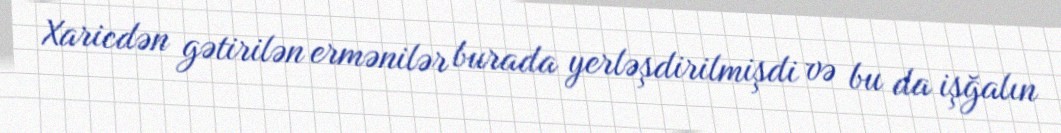
Xaricdən gətirilən ermənilər burada yerləşdirilmişdi və bu da işğalın